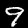
Label: 9